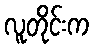
လူတိုင်းက